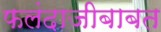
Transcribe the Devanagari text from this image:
फलंदाजीबाबत